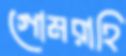
গোমরাহি